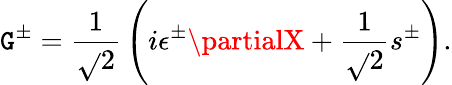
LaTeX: \mathtt{G}^{\pm}={\frac{{1}}{{\sqrt{}{2}}}}\left(i\epsilon^{\pm}\partialX+{\frac{{1}}{{\sqrt{}{2}}}}s^{\pm}\right).